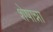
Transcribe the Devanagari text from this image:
शेषान्ना